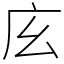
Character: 𢇝